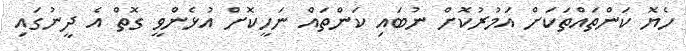
ހެޔޮ ކަންތައްތަކަށް އަމުރުކޮށް ނުބައި ކަންތައް ނަހީކޮށް އުޅެންވީ ގޮތް އެ ދީނުގައި